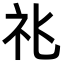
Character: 𥘍